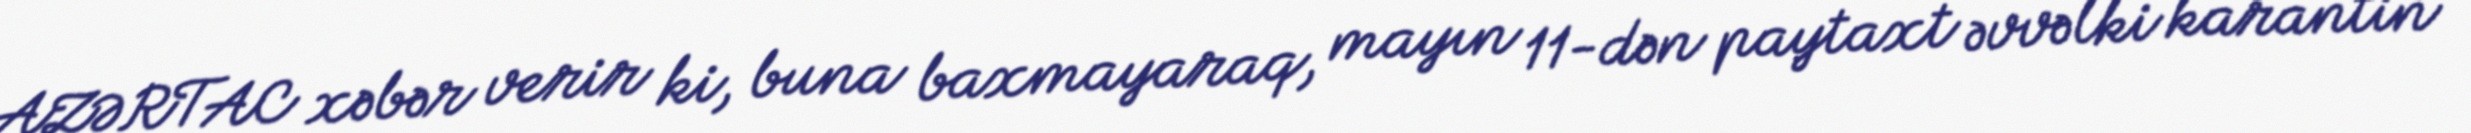
AZƏRTAC xəbər verir ki, buna baxmayaraq, mayın 11-dən paytaxt əvvəlki karantin